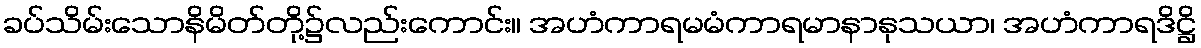
ခပ်သိမ်းသောနိမိတ်တို့၌လည်းကောင်း။ အဟံကာရမမံကာရမာနာနုသယာ၊ အဟံကာရဒိဋ္ဌိ